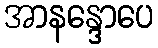
အာနန္ဒောပေ